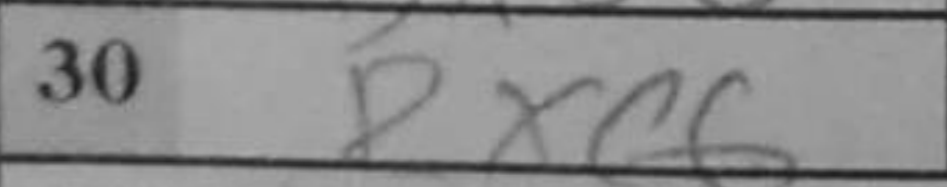
Transcription: Rxc6